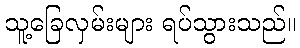
သူ့ခြေလှမ်းများ ရပ်သွားသည်။